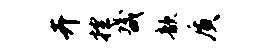
卉控畿歆质